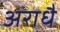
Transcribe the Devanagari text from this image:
अराधै